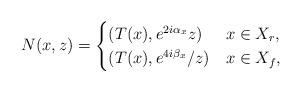
LaTeX: \begin{align*}N(x,z) = \begin{cases} (T(x), e^{2i\alpha_x}z) & x\in X_r, \\(T(x),{e^{4i\beta_x}}/{z}) & x\in X_f, \end{cases}\end{align*}